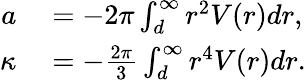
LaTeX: \begin{array}{rl}{a}&{{}=-2\pi\int_{d}^{\infty}r^{2}V(r)dr,}\\ {\kappa}&{{}=-\frac{2\pi}{3}\int_{d}^{\infty}r^{4}V(r)dr.}\end{array}